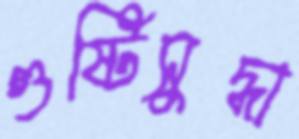
গুষ্টিসুদ্ধা